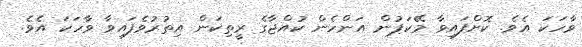
ވާހަކަ އެވެ. ކޮށްފައިވާ މޭކަޕުން އަންހެން ކުއްޖާގެ ރީތިކަން އިތުރުވެފައިވާ ވާހަކަ އެވެ.